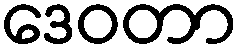
ဒေဝတာ